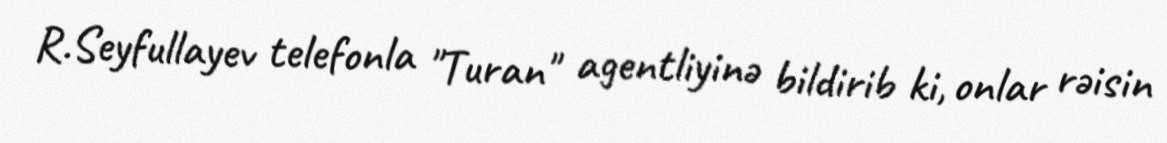
R.Seyfullayev telefonla "Turan" agentliyinə bildirib ki, onlar rəisin